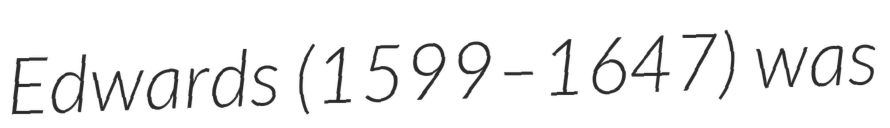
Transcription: Edwards (1599–1647) was